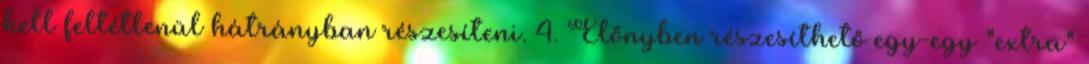
kell feltétlenül hátrányban részesíteni. 4. Előnyben részesíthető egy-egy "extra"